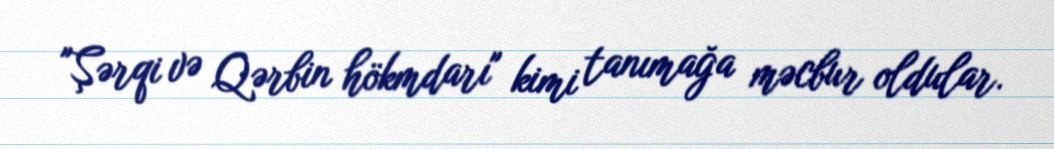
"Şərqi və Qərbin hökmdarı" kimi tanımağa məcbur oldular.